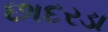
છાદરડા